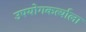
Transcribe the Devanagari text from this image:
उपयोगकर्त्याला